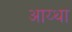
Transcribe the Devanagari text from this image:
आय्था